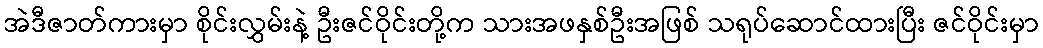
အဲဒီဇာတ်ကားမှာ စိုင်းလွှမ်းနဲ့ ဦးဇင်ဝိုင်းတို့က သားအဖနှစ်ဦးအဖြစ် သရုပ်ဆောင်ထားပြီး ဇင်ဝိုင်းမှာ